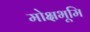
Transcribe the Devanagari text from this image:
मोक्षभूमि